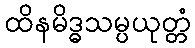
ထိနမိဒ္ဓသမ္ပယုတ္တံ